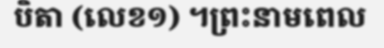
បិតា (លេខ១) ។ព្រះនាមពេល